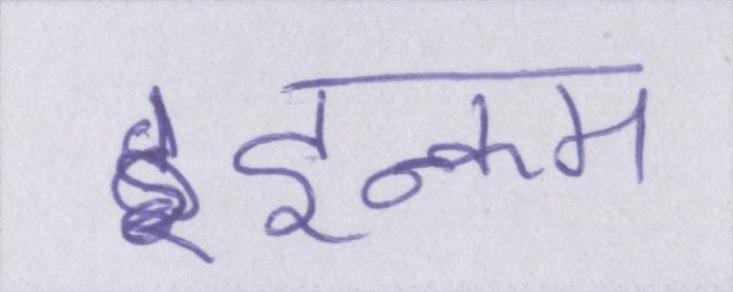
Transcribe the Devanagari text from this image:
इन्कम